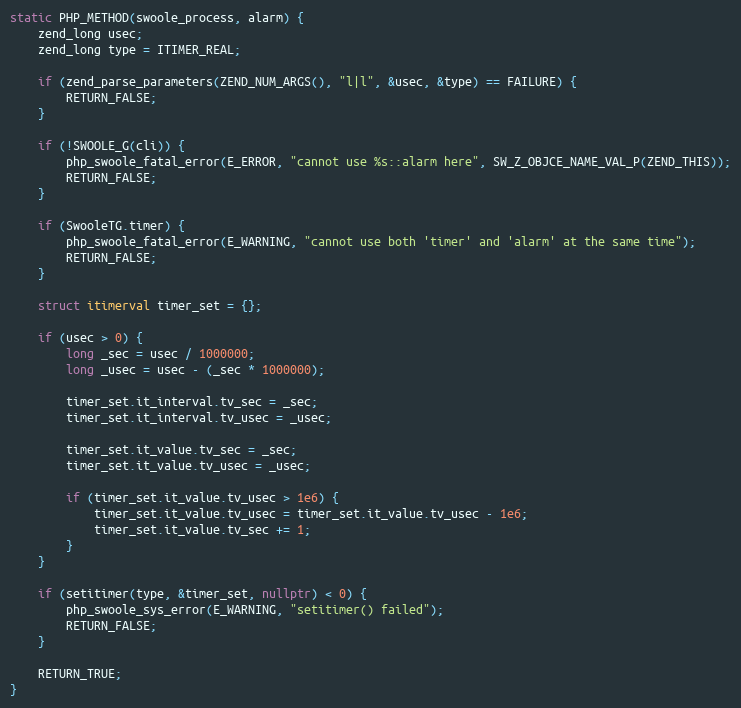
Language: C++
static PHP_METHOD(swoole_process, alarm) {
    zend_long usec;
    zend_long type = ITIMER_REAL;

    if (zend_parse_parameters(ZEND_NUM_ARGS(), "l|l", &usec, &type) == FAILURE) {
        RETURN_FALSE;
    }

    if (!SWOOLE_G(cli)) {
        php_swoole_fatal_error(E_ERROR, "cannot use %s::alarm here", SW_Z_OBJCE_NAME_VAL_P(ZEND_THIS));
        RETURN_FALSE;
    }

    if (SwooleTG.timer) {
        php_swoole_fatal_error(E_WARNING, "cannot use both 'timer' and 'alarm' at the same time");
        RETURN_FALSE;
    }

    struct itimerval timer_set = {};

    if (usec > 0) {
        long _sec = usec / 1000000;
        long _usec = usec - (_sec * 1000000);

        timer_set.it_interval.tv_sec = _sec;
        timer_set.it_interval.tv_usec = _usec;

        timer_set.it_value.tv_sec = _sec;
        timer_set.it_value.tv_usec = _usec;

        if (timer_set.it_value.tv_usec > 1e6) {
            timer_set.it_value.tv_usec = timer_set.it_value.tv_usec - 1e6;
            timer_set.it_value.tv_sec += 1;
        }
    }

    if (setitimer(type, &timer_set, nullptr) < 0) {
        php_swoole_sys_error(E_WARNING, "setitimer() failed");
        RETURN_FALSE;
    }

    RETURN_TRUE;
}